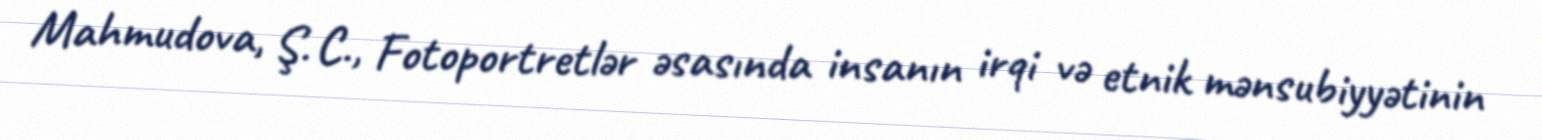
Mahmudova, Ş. C., Fotoportretlər əsasında insanın irqi və etnik mənsubiyyətinin